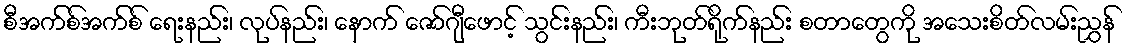
စီအက်စ်အက်စ် ရေးနည်း၊ လုပ်နည်း၊ နောက် ဇော်ဂျီဖောင့် သွင်းနည်း၊ ကီးဘုတ်ရိုက်နည်း စတာတွေကို အသေးစိတ်လမ်းညွှန်